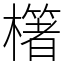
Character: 櫡